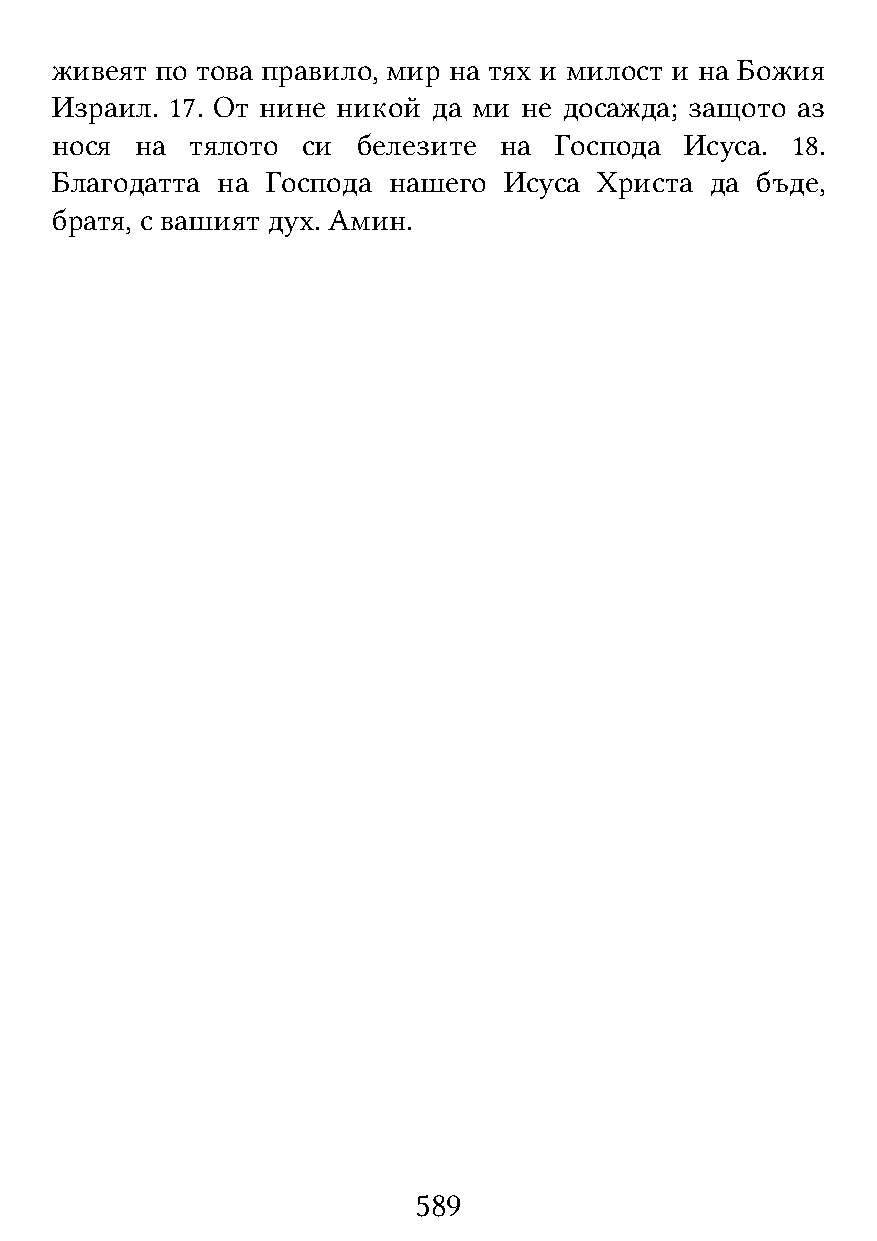
живеят по това правило, мир на тях и милост и на Божия
 Израил. 17. От нине никой да ми не досажда; защото аз
 нося  на  тялото си  белезите на  Господа Исуса. 18.
 Благодатта на  Господа нашего Исуса  Христа да бъде,
 братя, с вашият дух. Амин.
 589